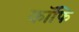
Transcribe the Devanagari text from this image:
कॉफि